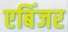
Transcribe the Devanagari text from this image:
एबिंजर